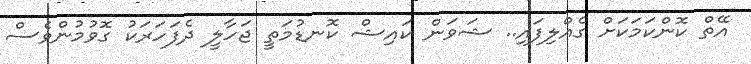
އޭތް ކޮންކަމަކަށް ގެއްލިފައި.. ޝަވަން ކައިޝް ކޮނޑުމަތީ ޖަހާލީ ދެފަހަރަކު ގޮވުމުންވެސް